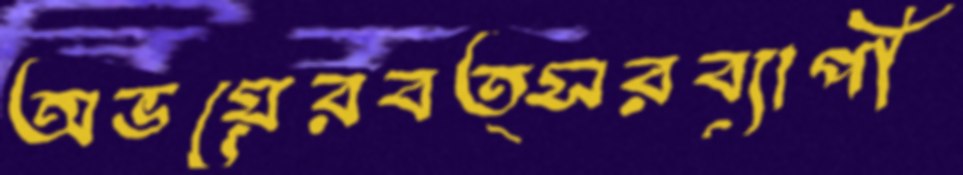
অভয়েরবত্সরব্যাপী